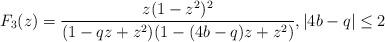
LaTeX: \begin{align*}F_3(z)= \frac{z(1-z^2)^2}{(1-qz+z^2)(1-(4b-q)z+z^2)},|4b-q|\leq2\end{align*}